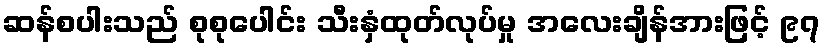
ဆန်စပါးသည် စုစုပေါင်း သီးနှံထုတ်လုပ်မှု အလေးချိန်အားဖြင့် ၉၇